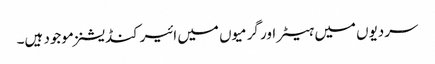
سردیوں میں ہیٹر اور گرمیوں میں ائیرکنڈیشنز موجود ہیں۔